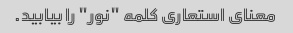
معنای استعاری کلمه "نور" را بیابید.